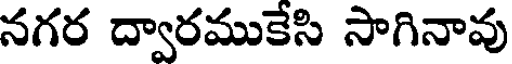
నగర ద్వారముకేసి సాగినావు